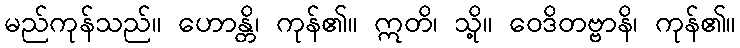
မည်ကုန်သည်။ ဟောန္တိ၊ ကုန်၏။ ဣတိ၊ သို့။ ဝေဒိတဗ္ဗာနိ၊ ကုန်၏။